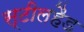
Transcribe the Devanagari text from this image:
स्टीलहैड